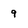
Character: 9